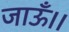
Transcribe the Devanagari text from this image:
जाऊँ।।